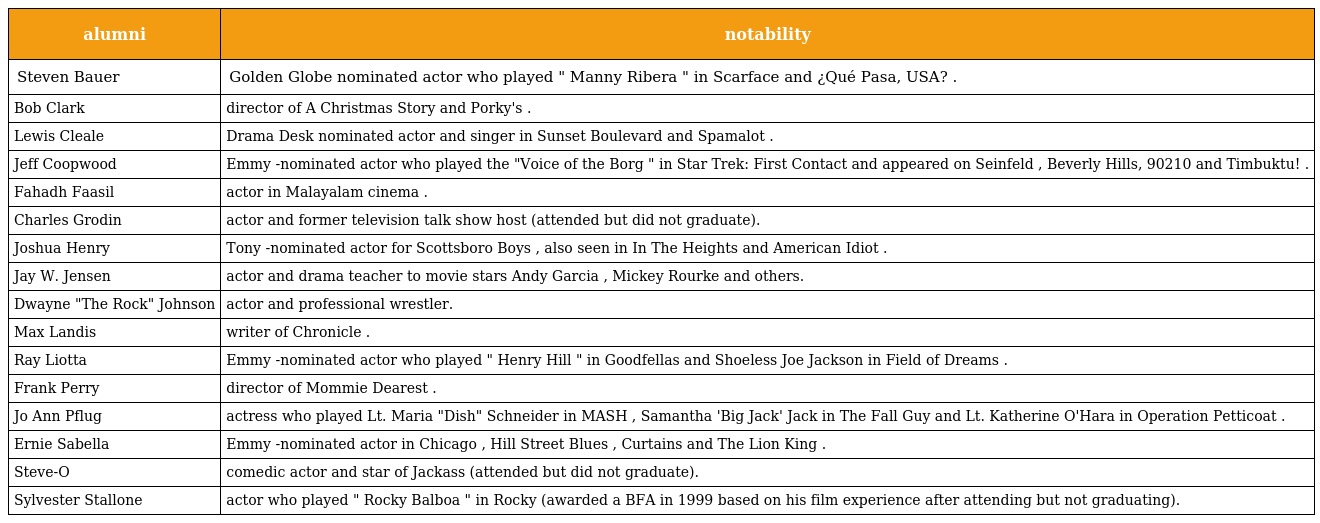
| alumni | notability |
 | --- | --- |
 | Steven Bauer | Golden Globe nominated actor who played " Manny Ribera " in Scarface and ¿Qué Pasa, USA? . |
 | Bob Clark | director of A Christmas Story and Porky's . |
 | Lewis Cleale | Drama Desk nominated actor and singer in Sunset Boulevard and Spamalot . |
 | Jeff Coopwood | Emmy -nominated actor who played the "Voice of the Borg " in Star Trek: First Contact and appeared on Seinfeld , Beverly Hills, 90210 and Timbuktu! . |
 | Fahadh Faasil | actor in Malayalam cinema . |
 | Charles Grodin | actor and former television talk show host (attended but did not graduate). |
 | Joshua Henry | Tony -nominated actor for Scottsboro Boys , also seen in In The Heights and American Idiot . |
 | Jay W. Jensen | actor and drama teacher to movie stars Andy Garcia , Mickey Rourke and others. |
 | Dwayne "The Rock" Johnson | actor and professional wrestler. |
 | Max Landis | writer of Chronicle . |
 | Ray Liotta | Emmy -nominated actor who played " Henry Hill " in Goodfellas and Shoeless Joe Jackson in Field of Dreams . |
 | Frank Perry | director of Mommie Dearest . |
 | Jo Ann Pflug | actress who played Lt. Maria "Dish" Schneider in MASH , Samantha 'Big Jack' Jack in The Fall Guy and Lt. Katherine O'Hara in Operation Petticoat . |
 | Ernie Sabella | Emmy -nominated actor in Chicago , Hill Street Blues , Curtains and The Lion King . |
 | Steve-O | comedic actor and star of Jackass (attended but did not graduate). |
 | Sylvester Stallone | actor who played " Rocky Balboa " in Rocky (awarded a BFA in 1999 based on his film experience after attending but not graduating). |